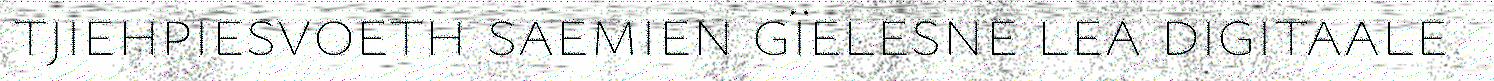
tjiehpiesvoeth saemien gïelesne lea digitaale